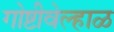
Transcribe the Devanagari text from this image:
गोष्टीवेल्हाळ